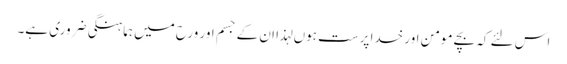
اس لئے کہ بچے مومن اور خدا پرست ہوں لہذا ان کے جسم اور ورح میں ہماہنگی ضروری ہے۔